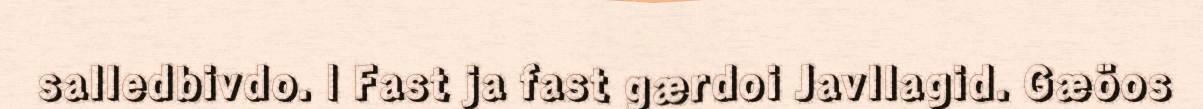
salledbivdo. | Fast ja fast gærdoi Javllagid. Gæöos